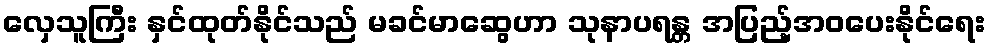
လှေသူကြီး နှင်ထုတ်နိုင်သည် မခင်မာဆွေဟာ သုနာပရန္တ အပြည့်အဝပေးနိုင်ရေး